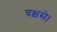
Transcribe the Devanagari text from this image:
चक्षसे।